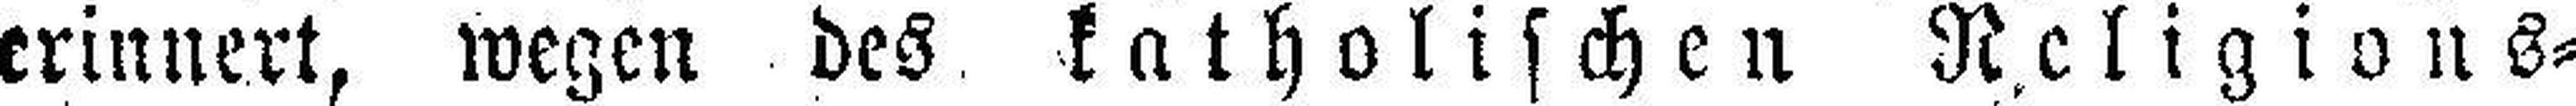
erinnert, wegen des katholischen Religions¬